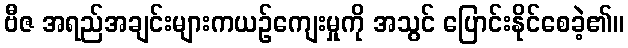
ဗီဇ အရည်အချင်းများကယဉ်ကျေးမှုကို အသွင် ပြောင်းနိုင်စေခဲ့၏။